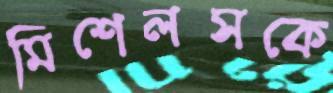
মিশেলসকে